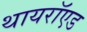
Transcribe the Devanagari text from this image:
थायरॉएड